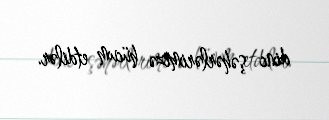
dinc şəhərlərimizə hücum etdilər.